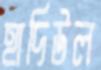
হাদিউল